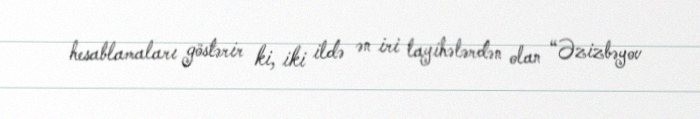
hesablamaları göstərir ki, iki ildə ən iri layihələrdən olan “Əzizbəyov